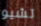
تشيو